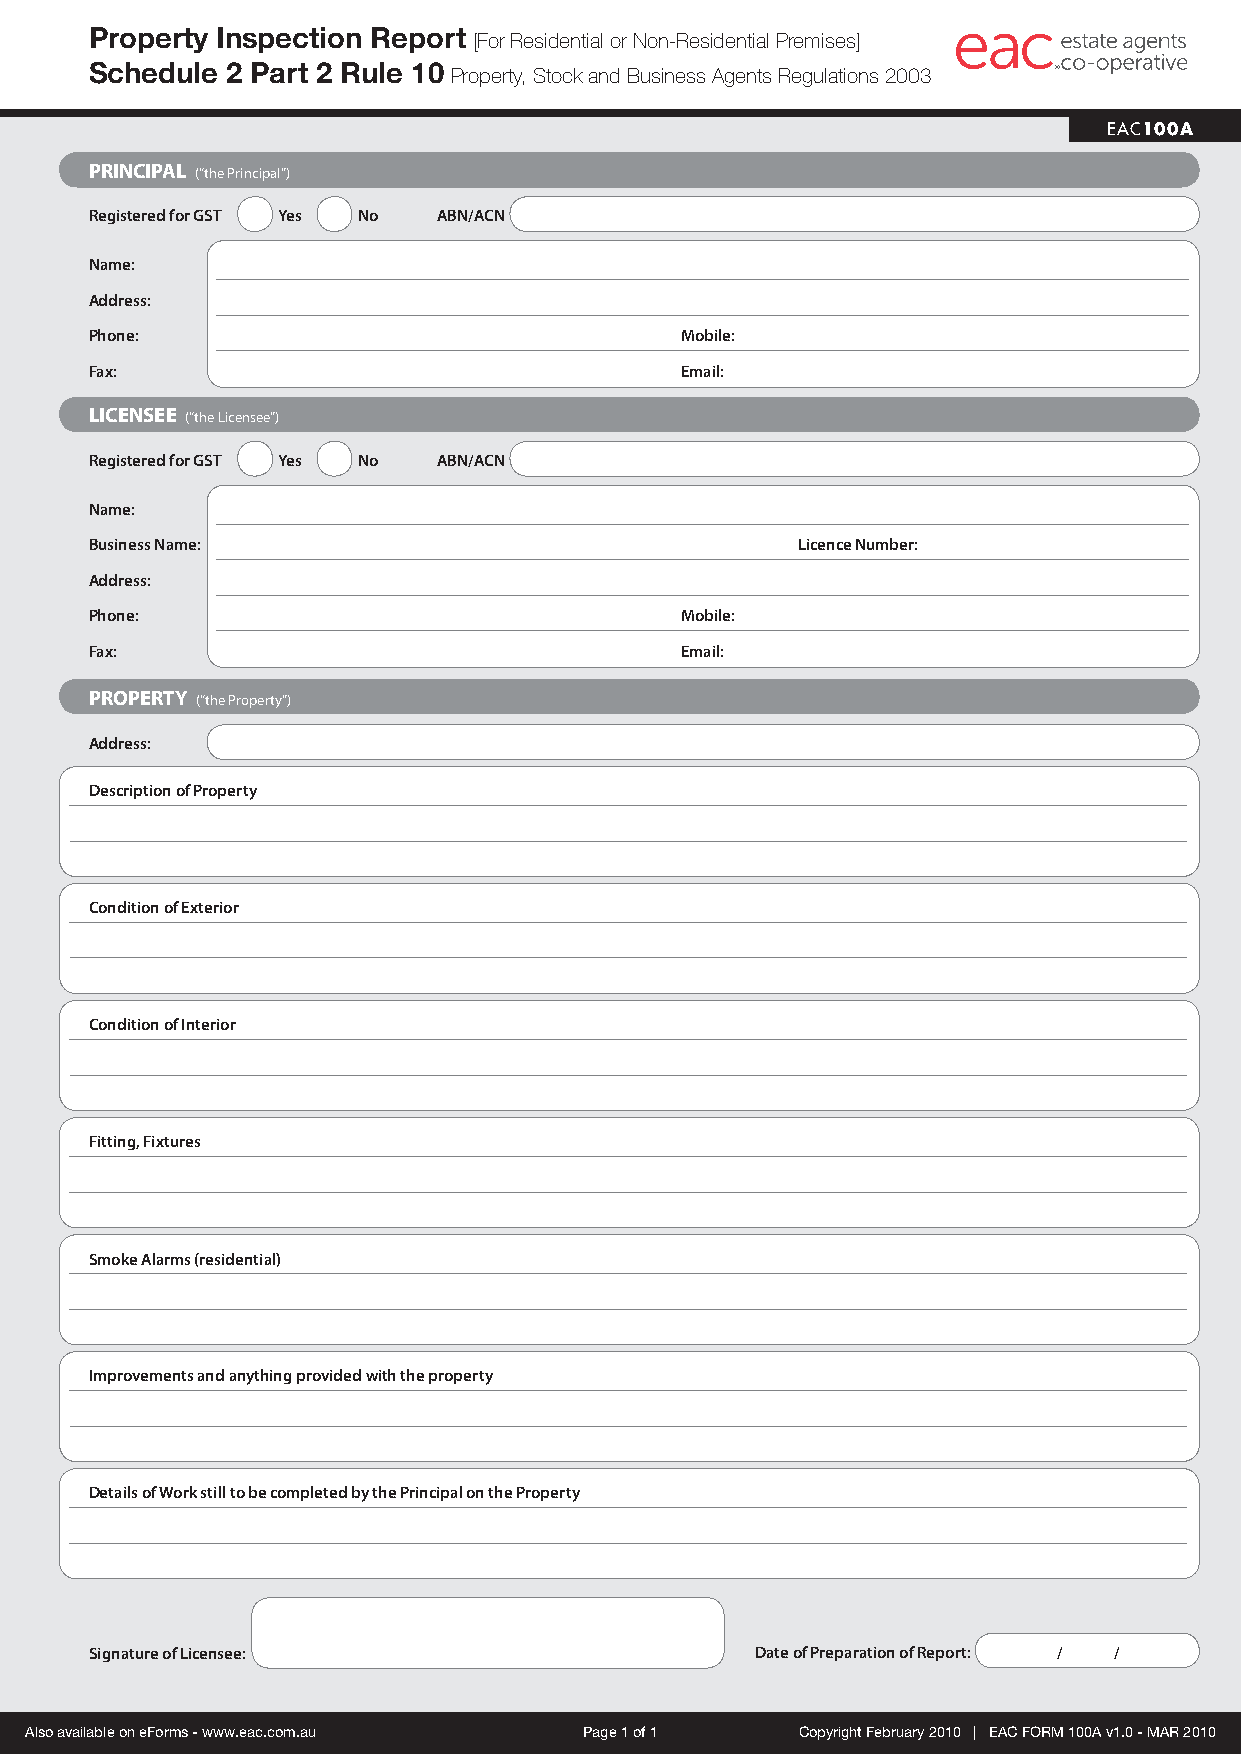
Property Inspection Report
 [For Residential or Non-Residential Premises]
 Schedule 2 Part 2 Rule 10
 Property, Stock and Business Agents Regulations 2003
 EAC100A
 PRINCIPAL (“the Principal”)
 Registered for GST Yes No ABN/ACN
 Name:
 Address:
 Phone:                                 Mobile:
 Fax:                                   Email:
 LICENSEE (“the Licensee”)
 Registered for GST Yes No ABN/ACN
 Name:
 Business Name:                                 Licence Number:
 Address:
 Phone:                                 Mobile:
 Fax:                                   Email:
 PROPERTY (“the Property”)
 Address:
 Description of Property
 Condition of Exterior
 Condition of Interior
 Fitting, Fixtures
 Smoke Alarms (residential)
 Improvements and anything provided with the property
 Details of Work still to be completed by the Principal on the Property
 Signature of Licensee:                      Date of Preparation of Report: / /
 Also available on eForms - www.eac.com.au Page 1 of 1 Copyright February 2010 | EAC FORM 100A v1.0 - MAR 2010